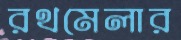
রথমেলার